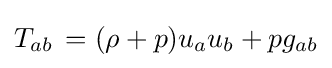
T_{ab}\,=(\rho +p)u_{a}u_{b}+pg_{ab}